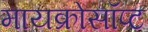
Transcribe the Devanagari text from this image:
मायक्रोसॉप्ट